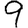
Digit: 9